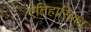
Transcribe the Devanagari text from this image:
ऐतिहासिका